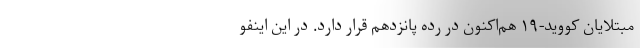
مبتلایان کووید-۱۹ هم‌اکنون در رده پانزدهم قرار دارد. در این اینفو